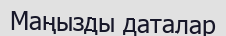
Маңызды даталар